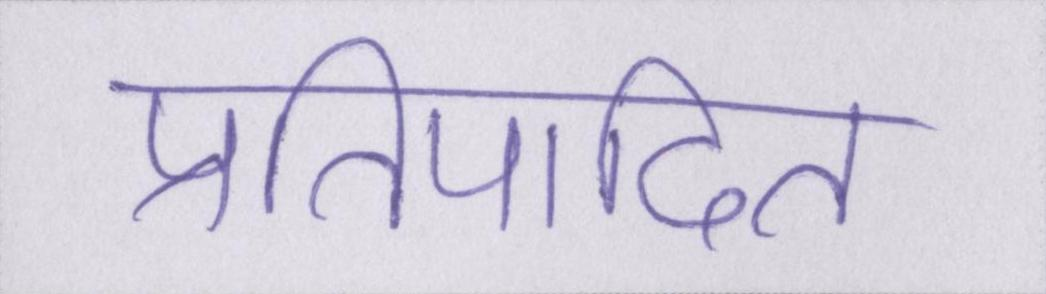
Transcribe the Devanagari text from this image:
प्रतिपादित